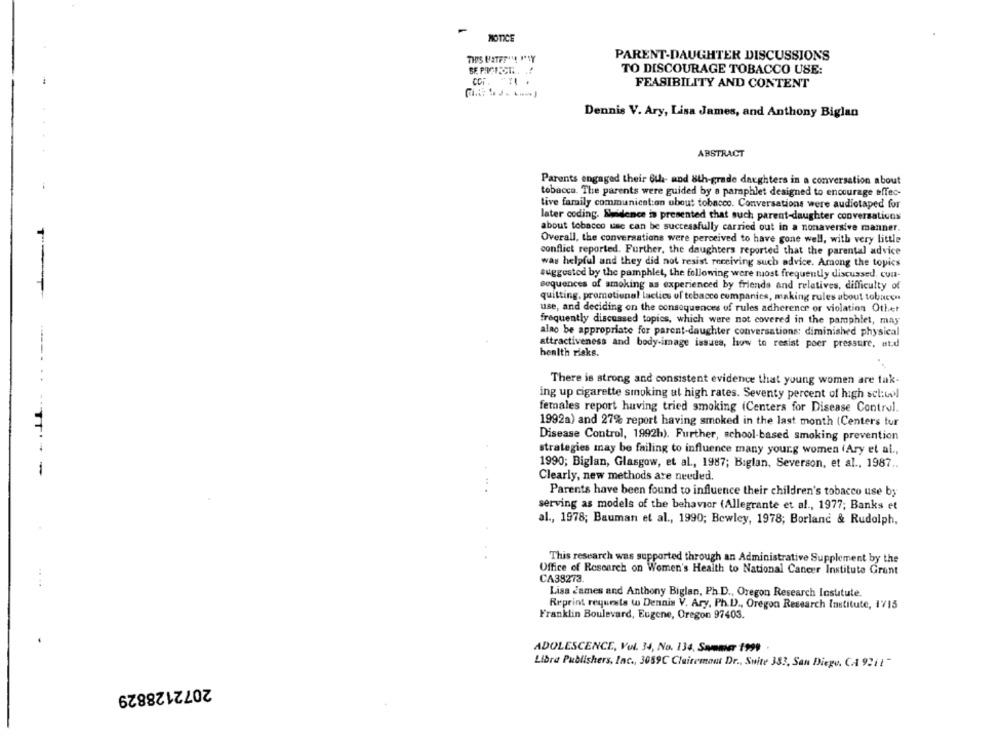
NOTICE
THIS UITFF'! "SY
PARENT-DAUGHTER DISCUSSIONS
TO DISCOURAGE TOBACCO USE:
FEASIBILITY AND CONTENT
Dennis V. Ary, Lisa James, and Anthony Biglan
ABSTRACT
Parents engaged their 6th- and 8th-grade daughters in a conversation about
tobacco. The parents were guided by a pamphlet designed to encourage effec-
tive family communication ubout tobacco. Conversations were audiotaped for
later coding. Sidence is presented that such parent-daughter conversaticos
about tobacco usc can be successfully carried out in a nonaversive manner.
Overall, the conversations were perceived to have gone well, with very little
conflict reported. Further, the daughters reported that the parental advice
was helpful and they did not resist receiving such advice. Among the topics
suggested by the pamphlet, the following were most frequently discussed. con-
sequences of smoking as experienced by friends and relatives, difficulty of
quitting, promotional laclics of tobacco companies, making rules about tobacco
use, and deciding on the consequences of rules adherence or violation Other
frequently discussed topics, which were not covered in the pamphlet, may
alno be appropriate for parent-daughter conversations: diminished physical
attractiveness and body-image issues, how to resist poer pressure, atd
health risks.
There is strong and consistent evidence that young women are tak-
ing up cigarette smoking at high rates. Seventy percent of high school
females report having tried smoking (Centers for Disease Control.
1992a) and 27% report having smoked in the last month (Centers tur
Disease Control, 1992h). Further, school-based smoking prevention
strategies may be failing to influence many yourg women (Ary et al .,
1990; Biglan, Glasgow, et al ., 1987; Biglan, Severson, et al ., 1987 ..
Clearly, new methods are needed.
Parents have been found to influence their children's tobacco use by
serving as models of the behavior (Allegrante et al ., 1977; Banks et
al ., 1978; Bauman et al ., 1990; Bewley, 1978; Borland & Rudolph,
This research was supported through an Administrative Supplement by the
Office of Research on Women's Health to National Cancer Institute Grant
CA38273
Lisa James and Anthony Biglan, Ph.D ., Oregon Research Institute.
Reprint requests w Dennis V. Ary, Ph.D ., Oregon Research Institute, 1715
Franklin Boulevard, Eugene, Oregon 97403.
ADOLESCENCE, Vol. 34, No. 134, Sammar 1999 .
Libre Publishers, Inc ., 3089C Clairemont Dr ., Suite 383, San Diego, CA 921!"
2072128829